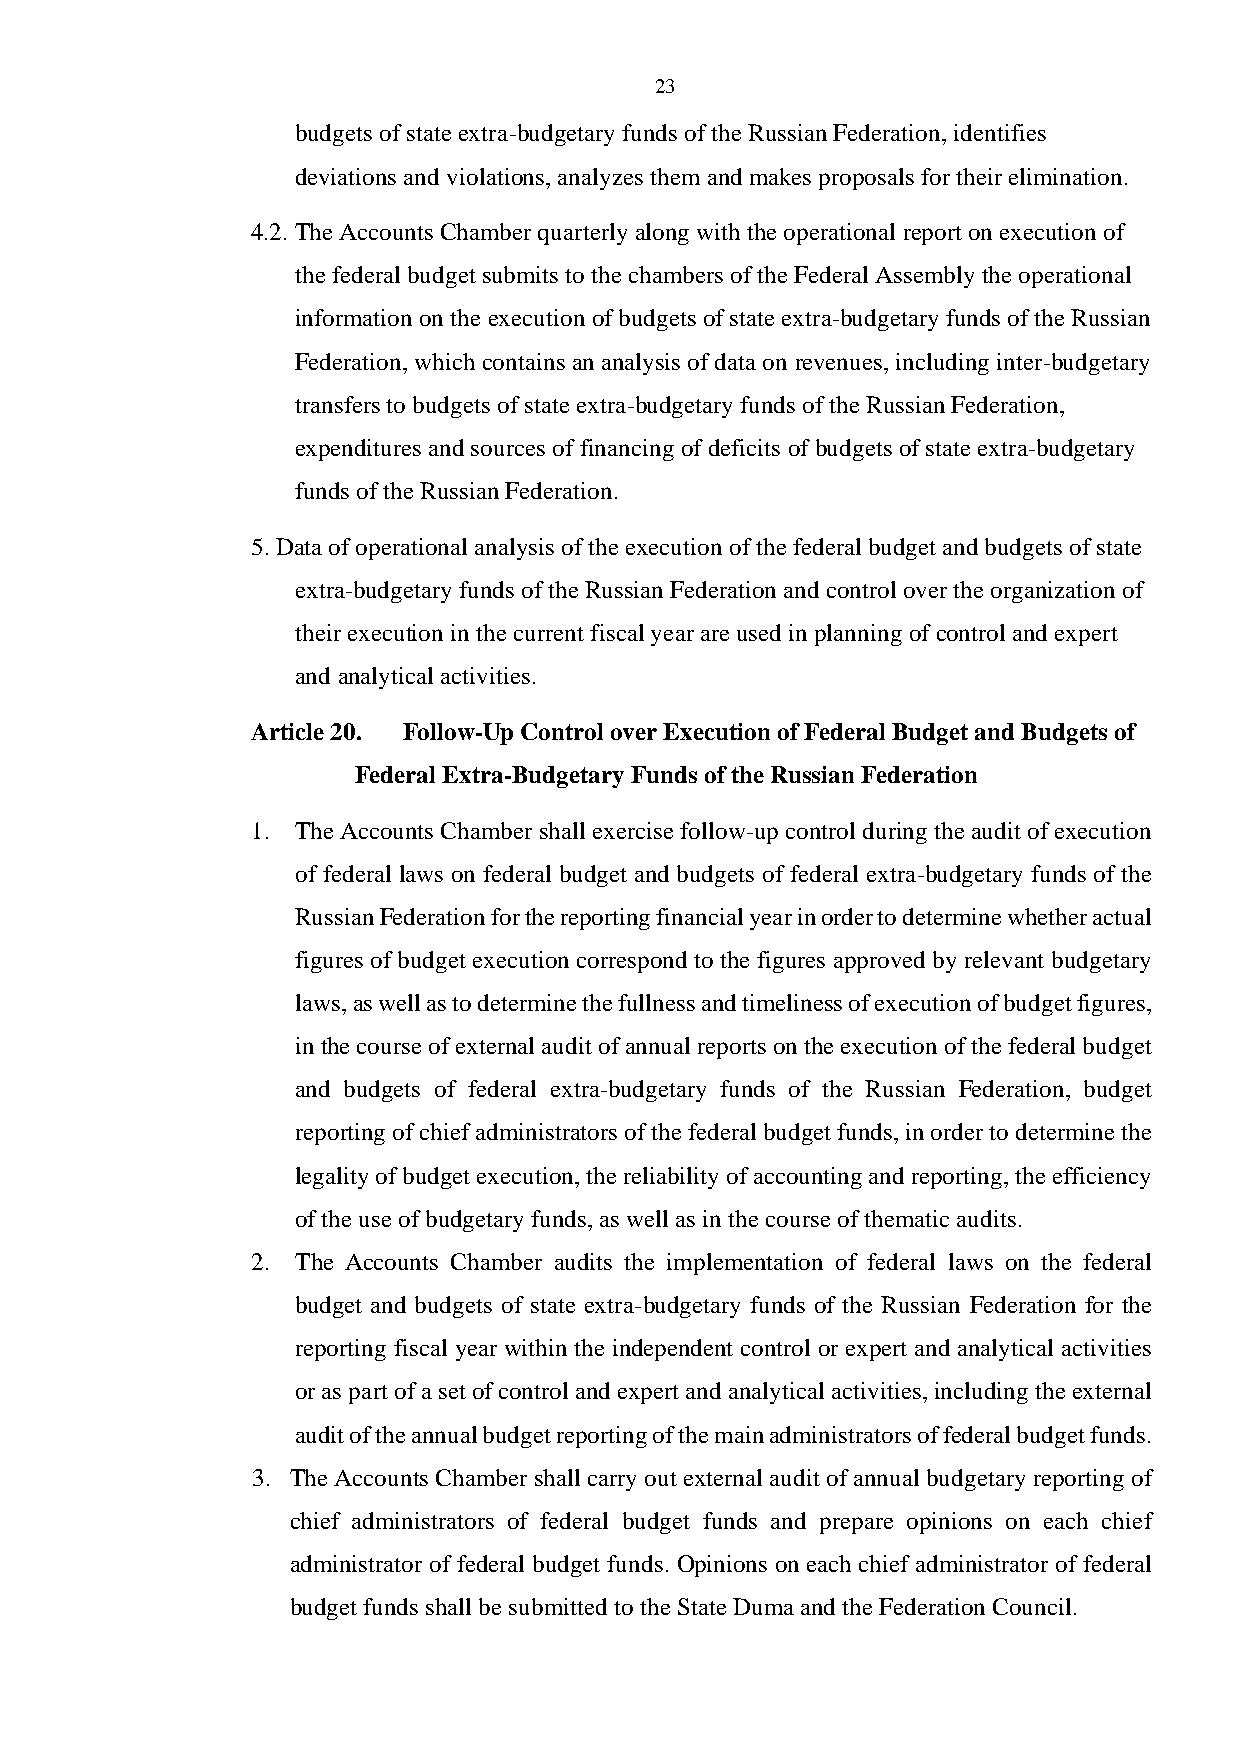
23
 budgets of state extra-budgetary funds of the Russian Federation, identifies
 deviations and violations, analyzes them and makes proposals for their elimination.
 4.2. The Accounts Chamber quarterly along with the operational report on execution of
 the federal budget submits to the chambers of the Federal Assembly the operational
 information on the execution of budgets of state extra-budgetary funds of the Russian
 Federation, which contains an analysis of data on revenues, including inter-budgetary
 transfers to budgets of state extra-budgetary funds of the Russian Federation,
 expenditures and sources of financing of deficits of budgets of state extra-budgetary
 funds of the Russian Federation.
 5. Data of operational analysis of the execution of the federal budget and budgets of state
 extra-budgetary funds of the Russian Federation and control over the organization of
 their execution in the current fiscal year are used in planning of control and expert
 and analytical activities.
 Article 20. Follow-Up Control over Execution of Federal Budget and Budgets of
 Federal Extra-Budgetary Funds of the Russian Federation
 1. The Accounts Chamber shall exercise follow-up control during the audit of execution
 of federal laws on federal budget and budgets of federal extra-budgetary funds of the
 Russian Federation for the reporting financial year in order to determine whether actual
 figures of budget execution correspond to the figures approved by relevant budgetary
 laws, as well as to determine the fullness and timeliness of execution of budget figures,
 in the course of external audit of annual reports on the execution of the federal budget
 and budgets of federal extra-budgetary funds of the Russian Federation, budget
 reporting of chief administrators of the federal budget funds, in order to determine the
 legality of budget execution, the reliability of accounting and reporting, the efficiency
 of the use of budgetary funds, as well as in the course of thematic audits.
 2. The Accounts Chamber audits the implementation of federal laws on the federal
 budget and budgets of state extra-budgetary funds of the Russian Federation for the
 reporting fiscal year within the independent control or expert and analytical activities
 or as part of a set of control and expert and analytical activities, including the external
 audit of the annual budget reporting of the main administrators of federal budget funds.
 3. The Accounts Chamber shall carry out external audit of annual budgetary reporting of
 chief administrators of federal budget funds and prepare opinions on each chief
 administrator of federal budget funds. Opinions on each chief administrator of federal
 budget funds shall be submitted to the State Duma and the Federation Council.